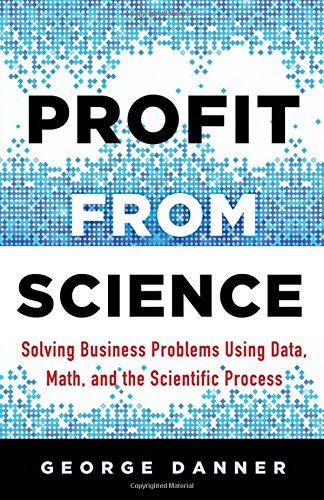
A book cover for Profit from Science: Solving Business Problems Using Data, Math, and the Scientific Process; George Danner; Business & Money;